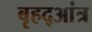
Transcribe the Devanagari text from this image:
बृहद्आंत्र